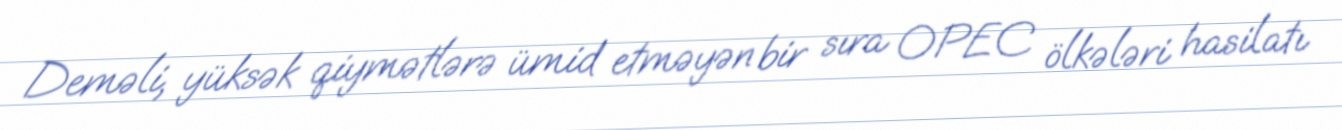
Deməli, yüksək qiymətlərə ümid etməyən bir sıra OPEC ölkələri hasilatı